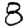
Digit: 8